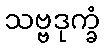
သဗ္ဗဒုက္ခံ